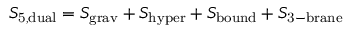
S _ { \mathrm { 5 , d u a l } } = S _ { \mathrm { g r a v } } + S _ { \mathrm { h y p e r } } + S _ { \mathrm { b o u n d } } + S _ { \mathrm { 3 - b r a n e } }